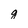
Character: q